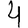
Digit: 4